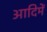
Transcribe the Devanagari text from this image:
आदिमें